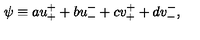
\psi \equiv a u _ { + } ^ { + } + b u _ { - } ^ { - } + c v _ { + } ^ { + } + d v _ { - } ^ { - } ,